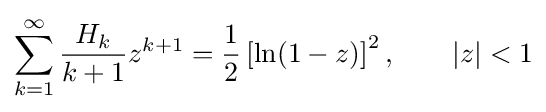
\sum _{k=1}^{\infty }{\frac {H_{k}}{k+1}}z^{k+1}={\frac {1}{2}}\left[\ln(1-z)\right]^{2},\qquad |z|<1